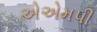
એએમપી